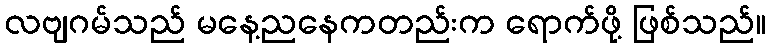
လဗျဂမ်သည် မနေ့ညနေကတည်းက ရောက်ဖို့ ဖြစ်သည်။